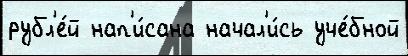
рубл'е́й нап'и́сана начал'и́сь уче́бной